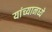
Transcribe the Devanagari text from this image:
यांच्यानध्ये